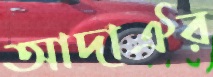
আদাঐর